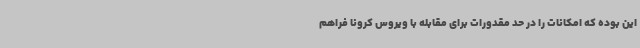
این بوده که امکانات را در حد مقدورات برای مقابله با ویروس کرونا فراهم